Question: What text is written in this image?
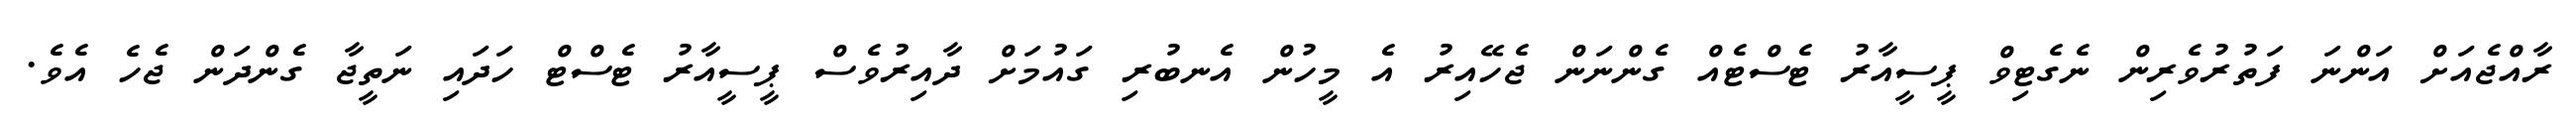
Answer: ރާއްޖެއަށް އަންނަ ފަތުރުވެރިން ނެގެޓިވް ޕީސީއާރު ޓެސްޓެއް ގެންނަން ޖެހޭއިރު އެ މީހުން އެނބުރި ގައުމަށް ދާއިރުވެސް ޕީސީއާރު ޓެސްޓް ހަދައި ނަތީޖާ ގެންދަން ޖެހެ އެވެ.